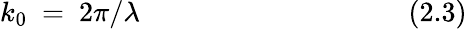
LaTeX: k_{0}~=~2\pi/\lambda~~~~~~~~~~~~~~~~~~~~~~~~~~~~~~~~~~~~~~(2.3)